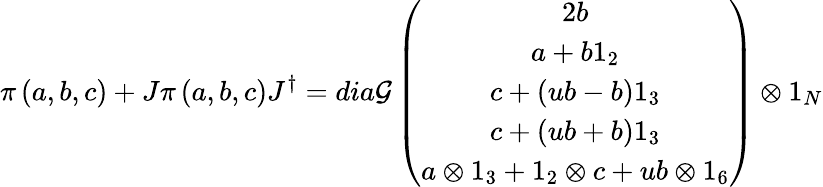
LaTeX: \pi\left(a,b,c\right)+J\pi\left(a,b,c\right)J^{\dagger}=dia\mathcal{G}\left(\begin{array}{c}{{2b}}\\ {{a+b1_{2}}}\\ {{c+\left(ub-b\right)1_{3}}}\\ {{c+\left(ub+b\right)1_{3}}}\\ {{a\otimes 1_{3}+1_{2}\otimes c+ub\otimes 1_{6}}}\end{array}\right)\otimes1_{N}